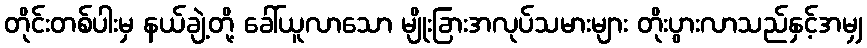
တိုင်းတစ်ပါးမှ နယ်ချဲ့တို့ ခေါ်ယူလာသော မျိုးခြားအလုပ်သမားများ တိုးပွားလာသည်နှင့်အမျှ